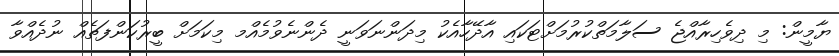
ޔާމީން: މި ދިވެހިރާއްޖެ ސަލާމަތްކުރުމަށްޓަކައި އާދޭހާއެކު މިދަންނަވަނީ ދެންނެވުމެއްމ މިކަމަށް ބީރުކަންފަތެއް ނުދެއްވާ